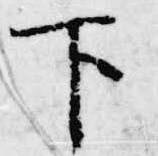
下